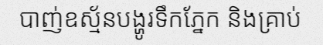
បាញ់ឧស្ម័នបង្ហូរទឹកភ្នែក និងគ្រាប់